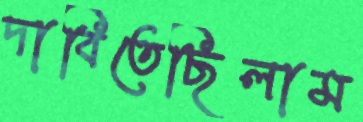
দাবিতেছিলাম